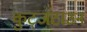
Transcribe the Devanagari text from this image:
कुट्जटाउन